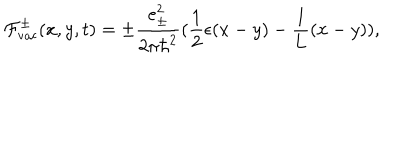
LaTeX: { \cal F } _ { \mathrm { v a c } } ^ { \pm } ( x , y , t ) = \pm \frac { e _ { \pm } ^ { 2 } } { 2 { \pi } { \hbar } ^ { 2 } } ( \frac { 1 } { 2 } \epsilon ( x - y ) - \frac { 1 } { 1 } { L } ( x - y ) ) ,